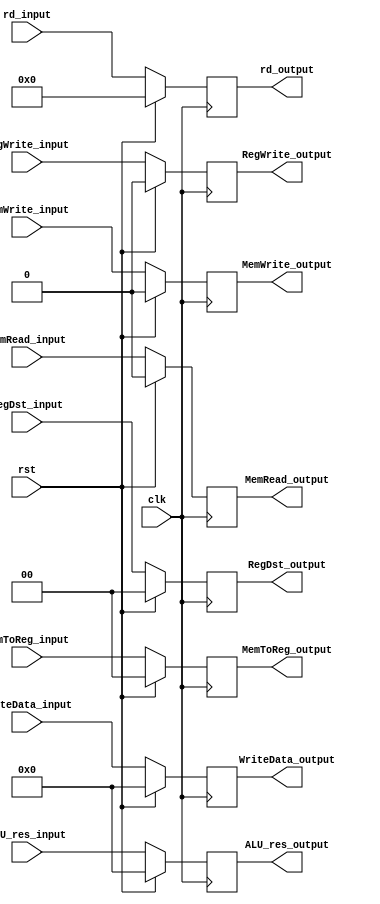
module EX_MEM(clk, rst,rd_input,MemToReg_input,ALU_res_input, WriteData_input, RegDst_input,MemWrite_input, MemRead_input, RegWrite_input, ALU_res_output, WriteData_output,rd_output,MemToReg_output, MemRead_output, RegWrite_output,RegDst_output,MemWrite_output);
    input [31:0] ALU_res_input, WriteData_input;
    input [4:0] rd_input;
    input [1:0] MemToReg_input, RegDst_input;
    input MemWrite_input, MemRead_input, RegWrite_input, clk, rst;
    output reg [31:0] ALU_res_output, WriteData_output;
    output reg [4:0] rd_output;
    output reg [1:0] MemToReg_output, RegDst_output;
    output reg MemWrite_output, MemRead_output, RegWrite_output;

    always @(posedge clk) begin
        if (rst == 1'b0) begin
            rd_output <= rd_input;
            MemWrite_output <= MemWrite_input;
            WriteData_output <= WriteData_input;
            ALU_res_output <= ALU_res_input;
            RegWrite_output <= RegWrite_input;
            MemToReg_output <= MemToReg_input;
            MemRead_output <= MemRead_input;
            RegDst_output <= RegDst_input;
        end
        else if(rst == 1'b1) begin
            rd_output <= 5'b0;
            MemWrite_output <= 1'b0;
            WriteData_output <= 32'b0;
            ALU_res_output <= 32'b0;
            MemRead_output <= 1'b0;
            RegDst_output <= 2'b0;
            RegWrite_output <= 1'b0;
            MemToReg_output <= 2'b0;
        end
    end
endmodule